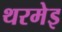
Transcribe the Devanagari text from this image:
थरमेइ